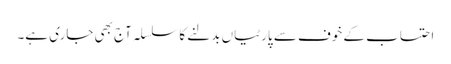
احتساب کے خوف سے پارٹیاں بدلنے کا سلسلہ آج بھی جاری ہے۔